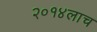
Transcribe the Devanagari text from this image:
२०१४लाच